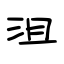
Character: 沮